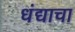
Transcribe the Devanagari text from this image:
धंद्याचा